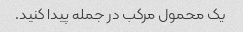
یک محمول مرکب در جمله پیدا کنید.